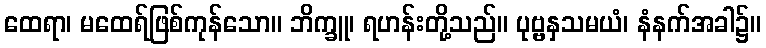
ထေရာ၊ မထေရ်ဖြစ်ကုန်သော။ ဘိက္ခူ၊ ရဟန်းတို့သည်။ ပုဗ္ဗနှသမယံ၊ နံနက်အခါ၌။